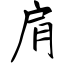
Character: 肩